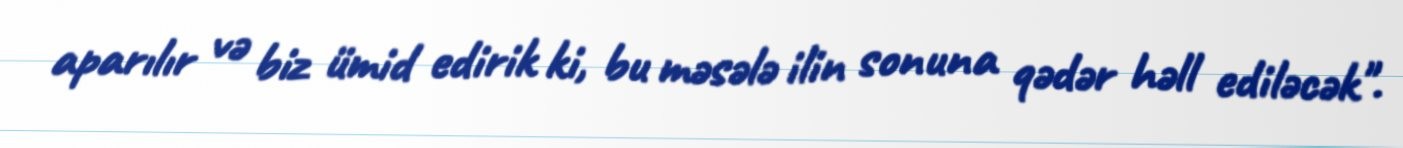
aparılır və biz ümid edirik ki, bu məsələ ilin sonuna qədər həll ediləcək".